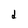
Character: d